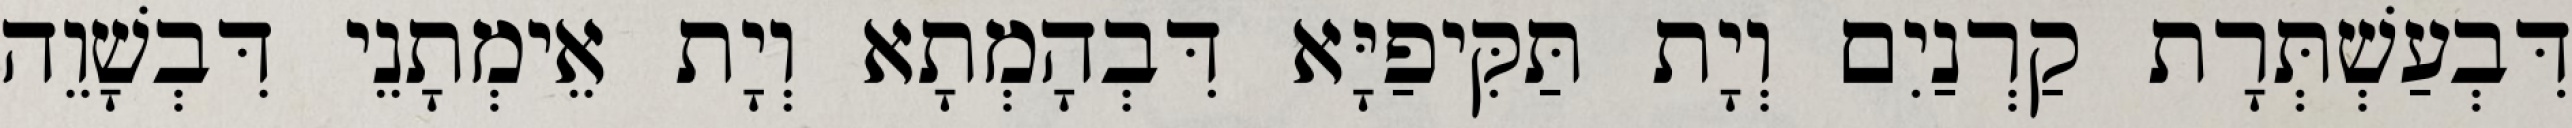
דִּבְעַשְׁתְּרָת קַרְנַיִם וְיָת תַּקִּיפַיָּא דִּבְהָמְתָא וְיָת אֵימְתָנֵי דִּבְשָׁוֵה